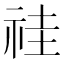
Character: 𥙞